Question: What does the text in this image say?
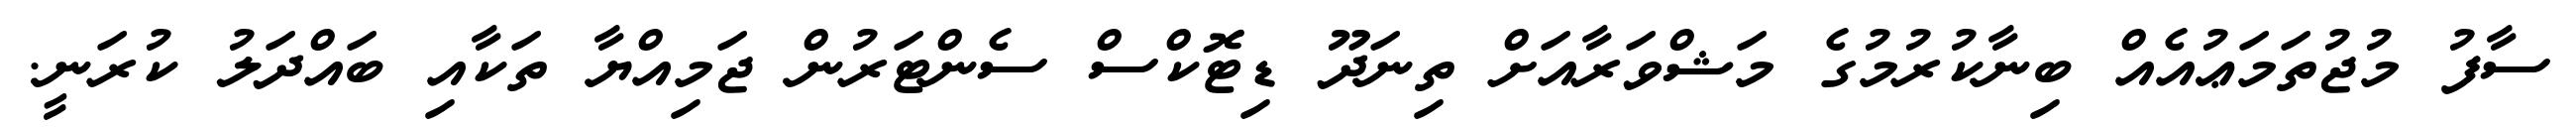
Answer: ސާފު މުޖުތަމަޢުއެއް ބިނާކުރުމުގެ މަޝްވަރާއަށް ތިނަދޫ ޑިޓޮކްސް ސެންޓަރުން ޖަމިއްޔާ ތަކާއި ބައްދަލު ކުރަނީ.